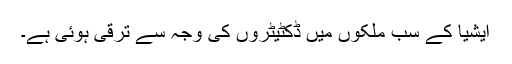
ایشیا کے سب ملکوں میں ڈکٹیٹروں کی وجہ سے ترقی ہوئی ہے۔